Annual administration report of the Civil Veterinary Department of India - 1899-1900
Year: 1899
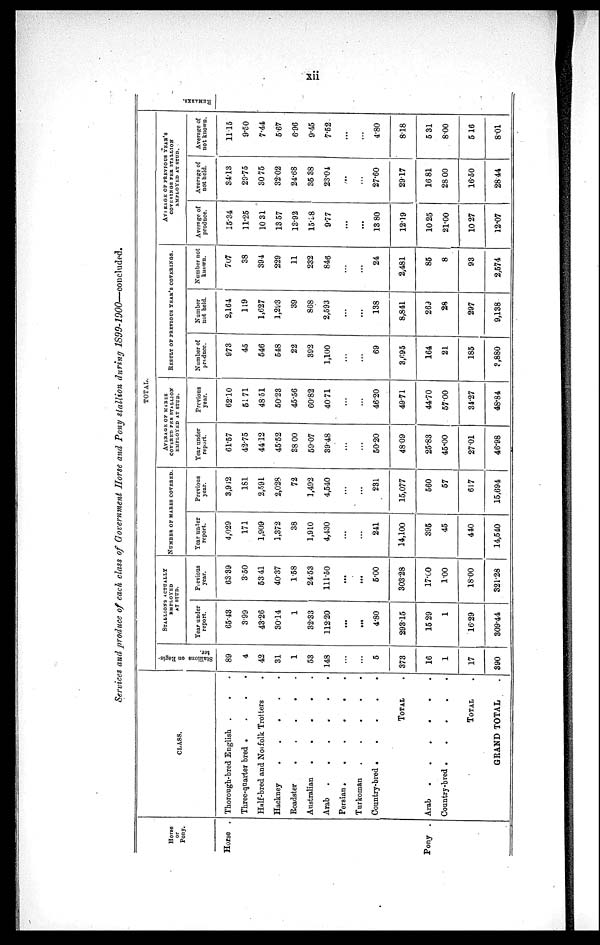
xii
Services and produce of each class of Government Horse and Pony stallion during
1899-1900—concluded.
Horse
or
Pony.
Horse .
Pony .
CLASS.
Thorough-bred English . . .
Three-quarter bred .
.
.
.
Half-bred and Norfolk Trotters .
Hackney
.
.
.
.
.
Roadster
.
.
.
.
.
Australian
.
.
.
.
.
Arab .
.
.
.
.
.
Persian .
.
.
.
.
.
Turkoman
.
.
.
.
.
Country-bred .
.
.
.
.
TOTAL
Arab
.
.
.
.
.
.
Country-bred .
.
.
.
.
TOTAL
GRAND TOTAL
TOTAL
Stallions on Regis-
ter.
89
4
42
31
1
53
148
...
...
5
373
16
1
17
390
STALLIONS ACTUALLY
EMPLOYED
AT STUD.
Year under
report.
65.43
399
43.26
30.14
1
32.33
112.20
...
...
4.80
29315
15 29
1
16.29
309.44
Previous
year.
63.39
3.50
5341
40.37
1.58
24.53
111.50
...
...
5.00
303.28
17.60
1.00
1800
321.28
NUMBER OF MARES COVERED.
Year under
report.
4,029
171
1,909
1,372
38
1,910
4,430
...
...
241
14,100
395
45
440
14,540
Previous
year.
3,942
181
2,591
2,028
72
1,492
4,540
...
...
231
15,077
560
57
617
15,694
AVERAGE OF MARES
COVERED PER STALLION
EMPLOYED AT STUD.
Year under
report.
61.57
42.75
4412
45.52
S8 00
59.07
39.48
...
...
50.20
4809
25.83
45.00
27.01
46.98
Previous
year.
6210
51 71
48.51
5023
45.56
60.82
4071
...
...
46.20
49.71
44.70
57.00
34.27
48.84
RESULT OF PREVIOUS YEAR'S COVERINGS.
Number of
produce.
973
45
546
548
22
392
1,100
...
...
69
3,695
164
21
185
3,880
Number
not held.
2,164
119
1,627
1,293
39
868
2,593
...
...
138
8,841
269
28
297
9,138
Number not
known.
707
38
394
229
11
232
846
...
...
24
2,481
85
8
93
2,574
AVERAGE OF PREVIOUS YEAR'S
COVERINGS PER STALLION
EMPLOYED AT STUD.
Average of
produce.
15.34
11.25
10 31
13 57
13.92
15.98
9.77
...
...
13 80
1219
10 25
21.00
10 27
12.07
Average of
not held.
34.13
29.75
30 75
32.02
24.68
35 38
23.04
...
...
27.60
2917
16 81
28 00
16.50
28.44
Average of
not known.
1115
9.50
7.44
5.67
6.96
9.45
7.52
...
...
4.80
8.18
5 31
800
5 16
8.01
REMARKS .